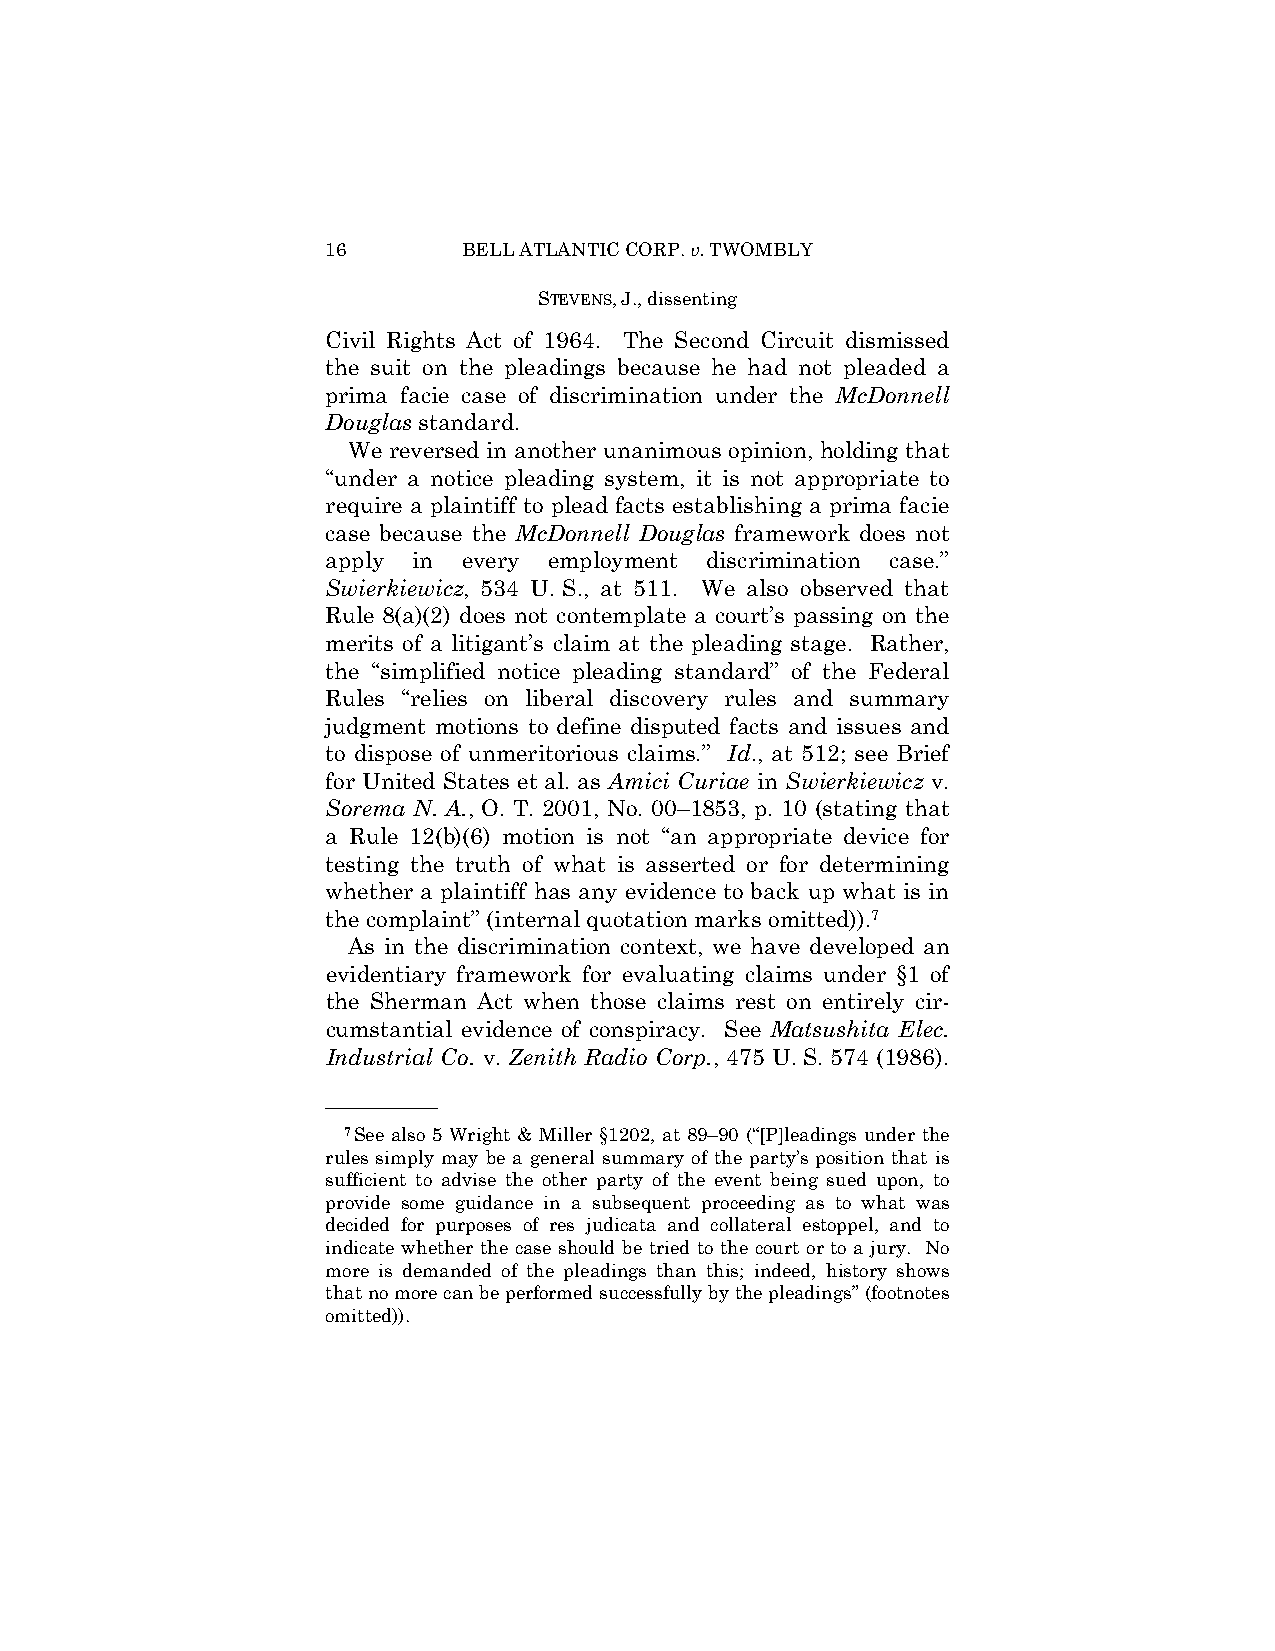
16       BELL ATLANTIC CORP. v. TWOMBLY
 STEVENS, J., dissenting
 Civil Rights Act of 1964. The Second Circuit dismissed
 the suit on the pleadings because he had not pleaded a
 prima facie case of discrimination under the McDonnell
 Douglas standard.
 We reversed in another unanimous opinion, holding that
 “under a notice pleading system, it is not appropriate to
 require a plaintiff to plead facts establishing a prima facie
 case because the McDonnell Douglas framework does not
 apply in every employment discrimination case.”
 Swierkiewicz, 534 U. S., at 511. We also observed that
 Rule 8(a)(2) does not contemplate a court’s passing on the
 merits of a litigant’s claim at the pleading stage. Rather,
 the “simplified notice pleading standard” of the Federal
 Rules “relies on liberal discovery rules and summary
 judgment motions to define disputed facts and issues and
 to dispose of unmeritorious claims.” Id., at 512; see Brief
 for United States et al. as Amici Curiae in Swierkiewicz v.
 Sorema N. A., O. T. 2001, No. 00–1853, p. 10 (stating that
 a Rule 12(b)(6) motion is not “an appropriate device for
 testing the truth of what is asserted or for determining
 whether a plaintiff has any evidence to back up what is in
 the complaint” (internal quotation marks omitted)).7
 As in the discrimination context, we have developed an
 evidentiary framework for evaluating claims under §1 of
 the Sherman Act when those claims rest on entirely cir-
 cumstantial evidence of conspiracy. See Matsushita Elec.
 Industrial Co. v. Zenith Radio Corp., 475 U. S. 574 (1986).
 ——————
 7See also 5 Wright & Miller §1202, at 89–90 (“[P]leadings under the
 rules simply may be a general summary of the party’s position that is
 sufficient to advise the other party of the event being sued upon, to
 provide some guidance in a subsequent proceeding as to what was
 decided for purposes of res judicata and collateral estoppel, and to
 indicate whether the case should be tried to the court or to a jury. No
 more is demanded of the pleadings than this; indeed, history shows
 that no more can be performed successfully by the pleadings” (footnotes
 omitted)).